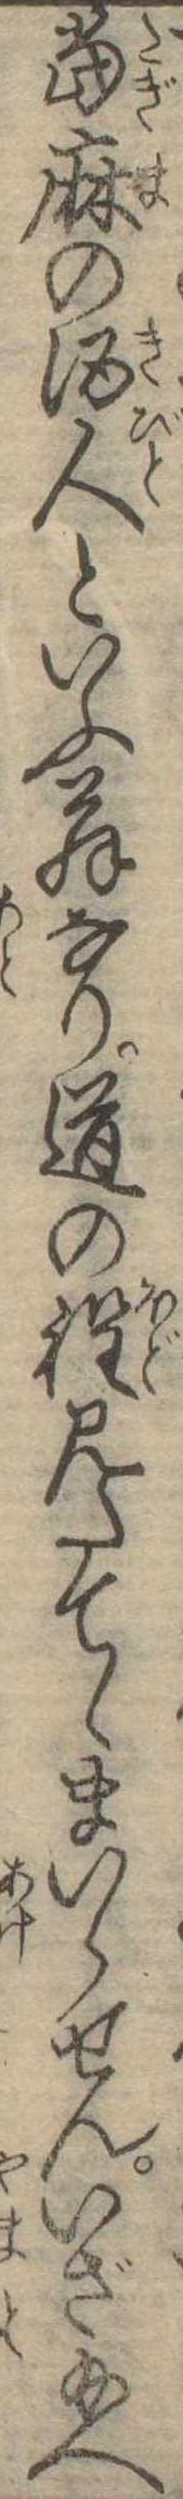
当麻の酒人といふ翁なり道の程見たてゝまいらせんいざ給へ